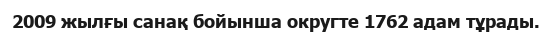
2009 жылғы санақ бойынша округте 1762 адам тұрады.